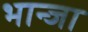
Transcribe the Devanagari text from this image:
भान्जा